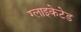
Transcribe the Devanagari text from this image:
ग्लाइकेटेड